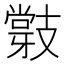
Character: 𭣝